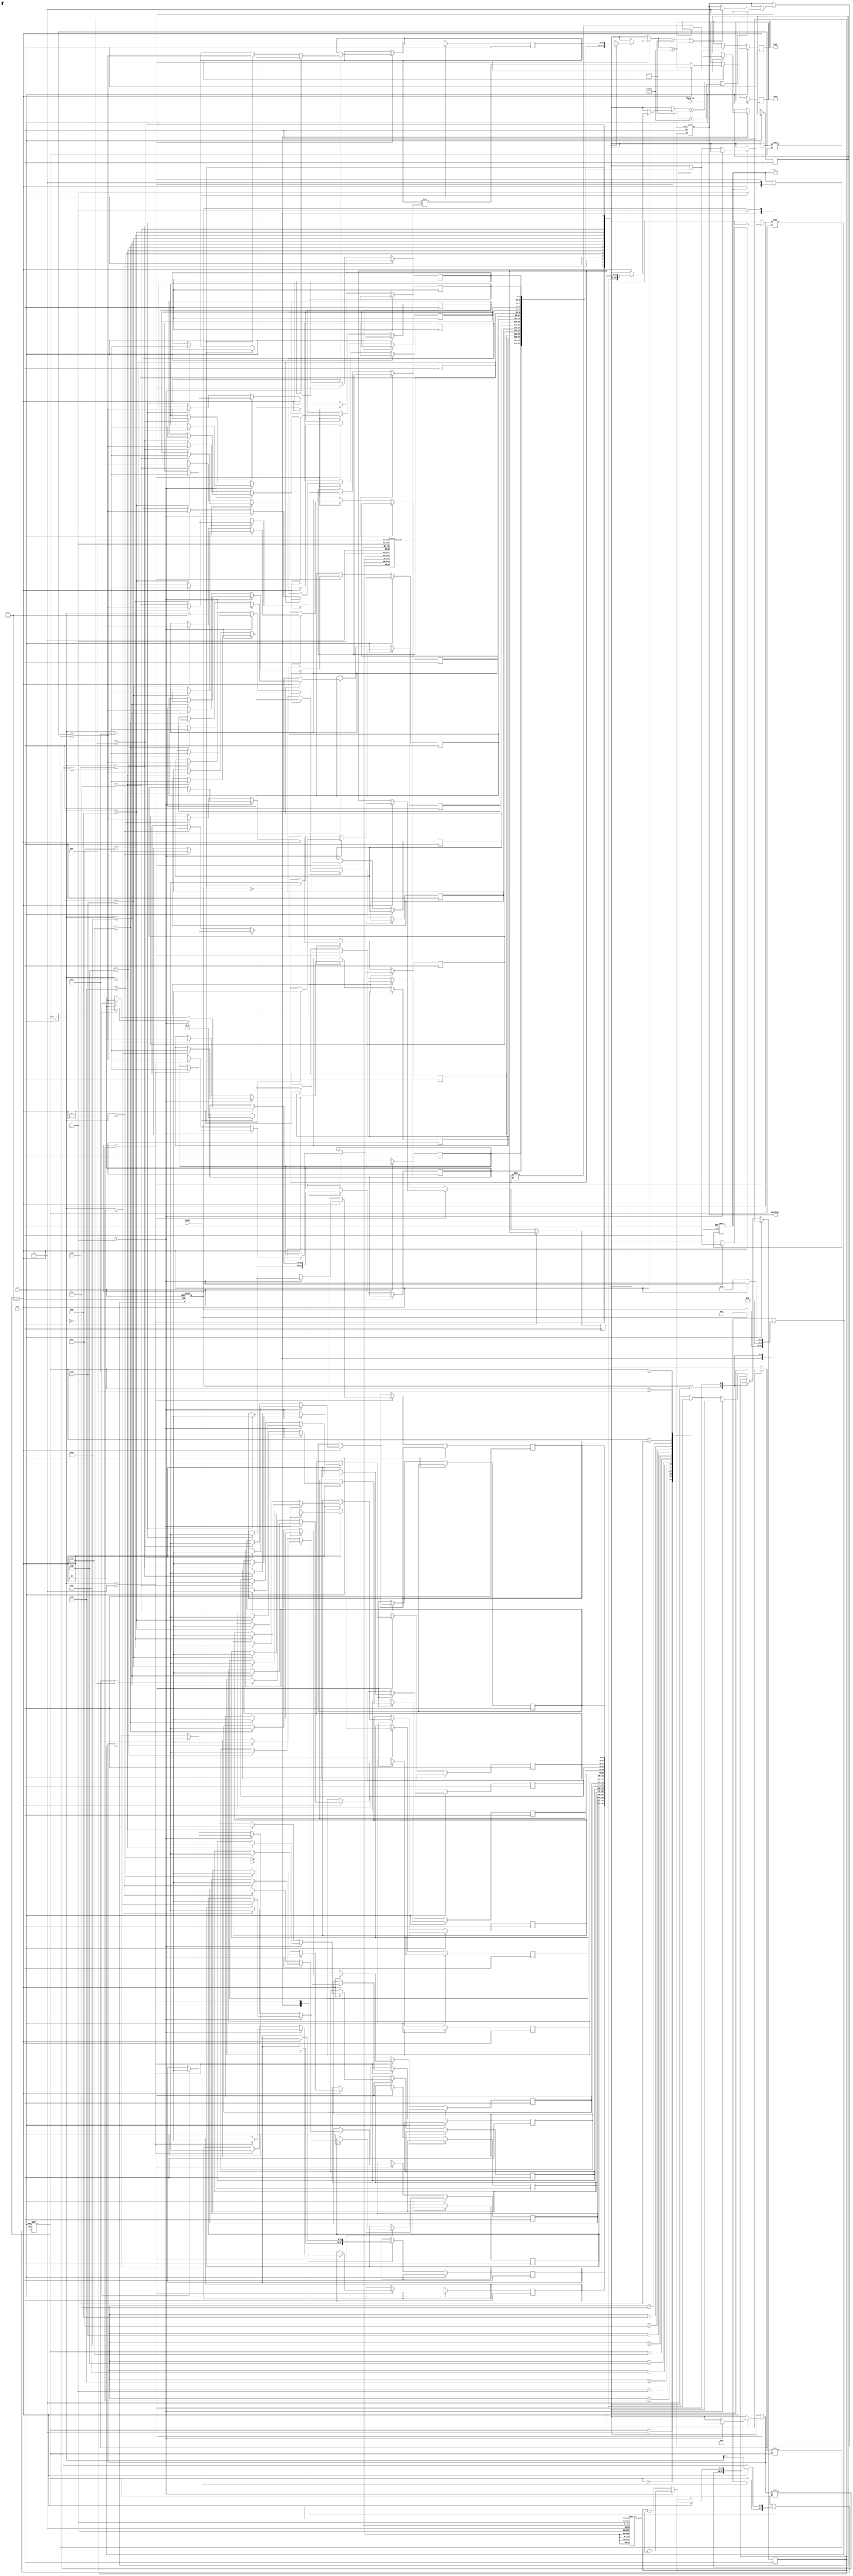
module fixed_point_cordic #(
    parameter WIDTH = 16, // Total width of fixed-point number
    parameter IWIDTH = 8, // Integer width
    parameter FWIDTH = WIDTH - IWIDTH, // Fractional width
    parameter N = 16 // Number of iterations
)(
    input wire clk,
    input wire rst,
    input wire start,
    input wire signed [WIDTH-1:0] X_in,
    input wire signed [WIDTH-1:0] Y_in,
    input wire signed [WIDTH-1:0] Theta_in,
    output reg signed [WIDTH-1:0] X_out,
    output reg signed [WIDTH-1:0] Y_out,
    output reg done,
    output reg overflow
);

    // CORDIC parameters
    reg signed [WIDTH-1:0] K[N-1:0]; // Scaling factors
    reg signed [WIDTH-1:0] atan_table[N-1:0]; // Arctangent lookup table
    reg signed [WIDTH-1:0] X[N:0], Y[N:0]; // Coordinate registers
    reg signed [WIDTH-1:0] Theta[N:0]; // Angle registers
    reg [3:0] state; // FSM state
    reg [3:0] iteration; // Iteration counter
    reg signed [WIDTH-1:0] theta_current;
    reg signed [WIDTH-1:0] sigma;

    // Initialize lookup tables and scaling factors
    initial begin
        // Pre-compute arctangent values and scaling factors
        // Example values for atan_table and K can be filled here
        // atan_table[0] = ...
        // K[0] = ...
    end

    // FSM states
    localparam IDLE = 0, INIT = 1, COMPUTE = 2, DONE = 3;

    always @(posedge clk or posedge rst) begin
        if (rst) begin
            state <= IDLE;
            done <= 0;
            overflow <= 0;
            iteration <= 0;
        end else begin
            case (state)
                IDLE: begin
                    if (start) begin
                        // Initialize coordinates and angle
                        X[0] <= X_in;
                        Y[0] <= Y_in;
                        Theta[0] <= Theta_in;
                        iteration <= 0;
                        state <= INIT;
                        done <= 0;
                    end
                end

                INIT: begin
                    // Set the initial theta_current and sigma
                    theta_current <= Theta[0];
                    sigma <= (theta_current < 0) ? -1 : 1; // Determine direction
                    state <= COMPUTE;
                end

                COMPUTE: begin
                    if (iteration < N) begin
                        // CORDIC rotation logic
                        if (theta_current >= 0) begin
                            X[iteration + 1] <= X[iteration] - (Y[iteration] >>> iteration);
                            Y[iteration + 1] <= Y[iteration] + (X[iteration] >>> iteration);
                            theta_current <= theta_current - atan_table[iteration];
                        end else begin
                            X[iteration + 1] <= X[iteration] + (Y[iteration] >>> iteration);
                            Y[iteration + 1] <= Y[iteration] - (X[iteration] >>> iteration);
                            theta_current <= theta_current + atan_table[iteration];
                        end

                        // Check for overflow
                        if (X[iteration + 1] > (1 << (IWIDTH + FWIDTH - 1)) - 1 || X[iteration + 1] < -(1 << (IWIDTH + FWIDTH - 1))) begin
                            overflow <= 1;
                        end
                        if (Y[iteration + 1] > (1 << (IWIDTH + FWIDTH - 1)) - 1 || Y[iteration + 1] < -(1 << (IWIDTH + FWIDTH - 1))) begin
                            overflow <= 1;
                        end

                        iteration <= iteration + 1;
                    end else begin
                        // Apply scaling factor
                        X_out <= X[N] * K[N-1];
                        Y_out <= Y[N] * K[N-1];
                        state <= DONE;
                    end
                end

                DONE: begin
                    done <= 1;
                    state <= IDLE; // Return to IDLE state
                end

                default: state <= IDLE;
            endcase
        end
    end

endmodule